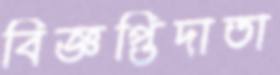
বিজ্ঞপ্তিদাতা